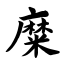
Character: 糜